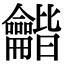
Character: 龤